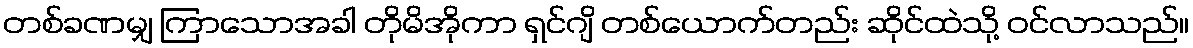
တစ်ခဏမျှ ကြာသောအခါ တိုမိအိုကာ ရှင်ဂျိ တစ်ယောက်တည်း ဆိုင်ထဲသို့ ဝင်လာသည်။